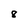
Character: 8